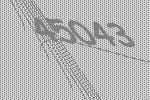
45043